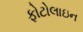
ફોટોલાઇન